Lunatic asylums Punjab 1895-1910 - 1895-1910
Year: 1895
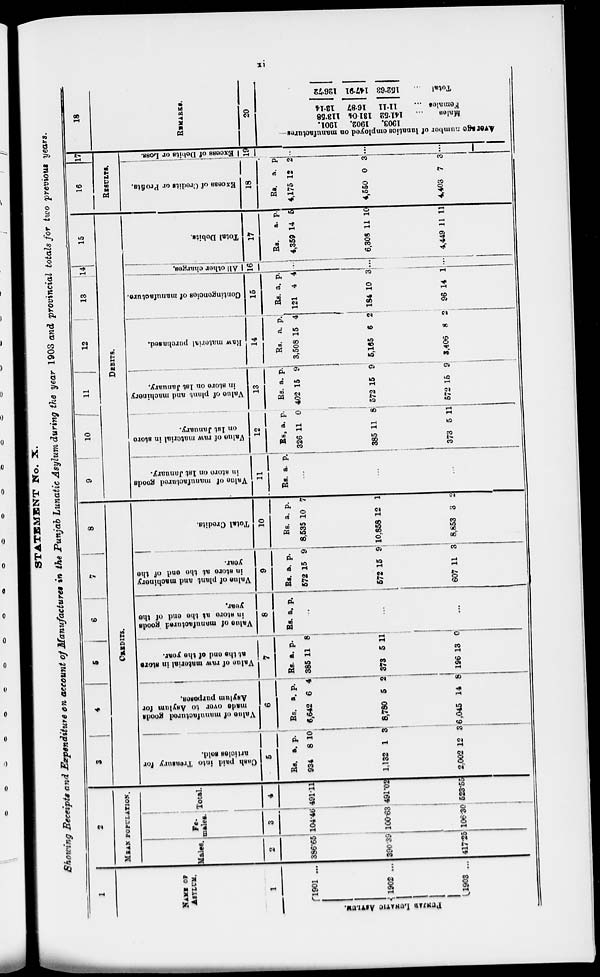
xi
STATEMENT No. X.
Showing Receipts and Expenditure on account of Manufactures in the Punjab Lunatic Asylum during the year 1903 and provincial totals for two previous years.
1
NAME OF
ASYLUM.
1
PUNJAB LUNATIC ASYLUM.
1901 ...
1902 ...
1903
...
2
MEAN POPULATION.
Males.
2
386.65
390.39
417.25
Fe-
males.
3
104.46
100.63
106.30
Total.
4
491.11
491.02
523.55
3
4
5
6
7
8
9
10
11
12
CREDITS.
DEBITS.
Cash paid into Treasury for
articles sold.
5
Rs.
934
1,132
2,002
a.
8
1
12
p.
10
3
3
Value
of manufactured goods
made over
to Asylum for
Asylum purposes.
6
Rs.
6,642
8,780
6,045
a.
6
5
14
p.
4
2
8
Value of raw material in store
at the end of the year.
7
Rs.
385
373
196
a.
11
5
13
p.
8
11
0
Value
manufactured goods
in store at the end of the
year.
8
Rs. a. p.
...
...
...
Value
of plant and machinery
in store at the and of the
year.
9
Rs.
572
572
607
a.
15
15
11
p.
9
9
3
Total Credits.
10
Rs.
8,535
10,858
8,853
a.
10
12
3
p.
7
1
2
Value of manufactured goods
in store on 1st January.
11
Rs. a. p.
...
...
...
Value of raw material in store
on 1st January.
12
Rs.
326
385
373
a.
11
11
5
p.
0
8
11
Value
of plant and machinery
in store on 1st January.
13
Rs.
402
572
572
a.
15
15
15
p.
9
9
9
Raw
material purchased.
14
Rs.
3,508
5,165
3,406
a.
15
6
8
p.
4
2
2
13
Contingencies
of manufacture.
15
Rs.
121
184
96
a.
4
11
14
p.
4
10
1
14
All other charges.
16
...
...
...
15
Total Debits.
17
Rs.
4,359
6,308
4,449
a.
14
11
11
p.
5
10
11
16
RESULTS.
Excess of Credits or Profits.
18
Rs.
4,175
4,550
4,403
a.
12
0
7
p.
2
3
3
17
Excess of Debits or Loss.
19
...
...
...
18
REMARKS.
20
Average age number of lunatics employed on
1901
1902
1903
113.58
131.04
141.52
Males ...
13.14
16.87
11.11
Females ...
126.72
147.91
152.58
Total ...